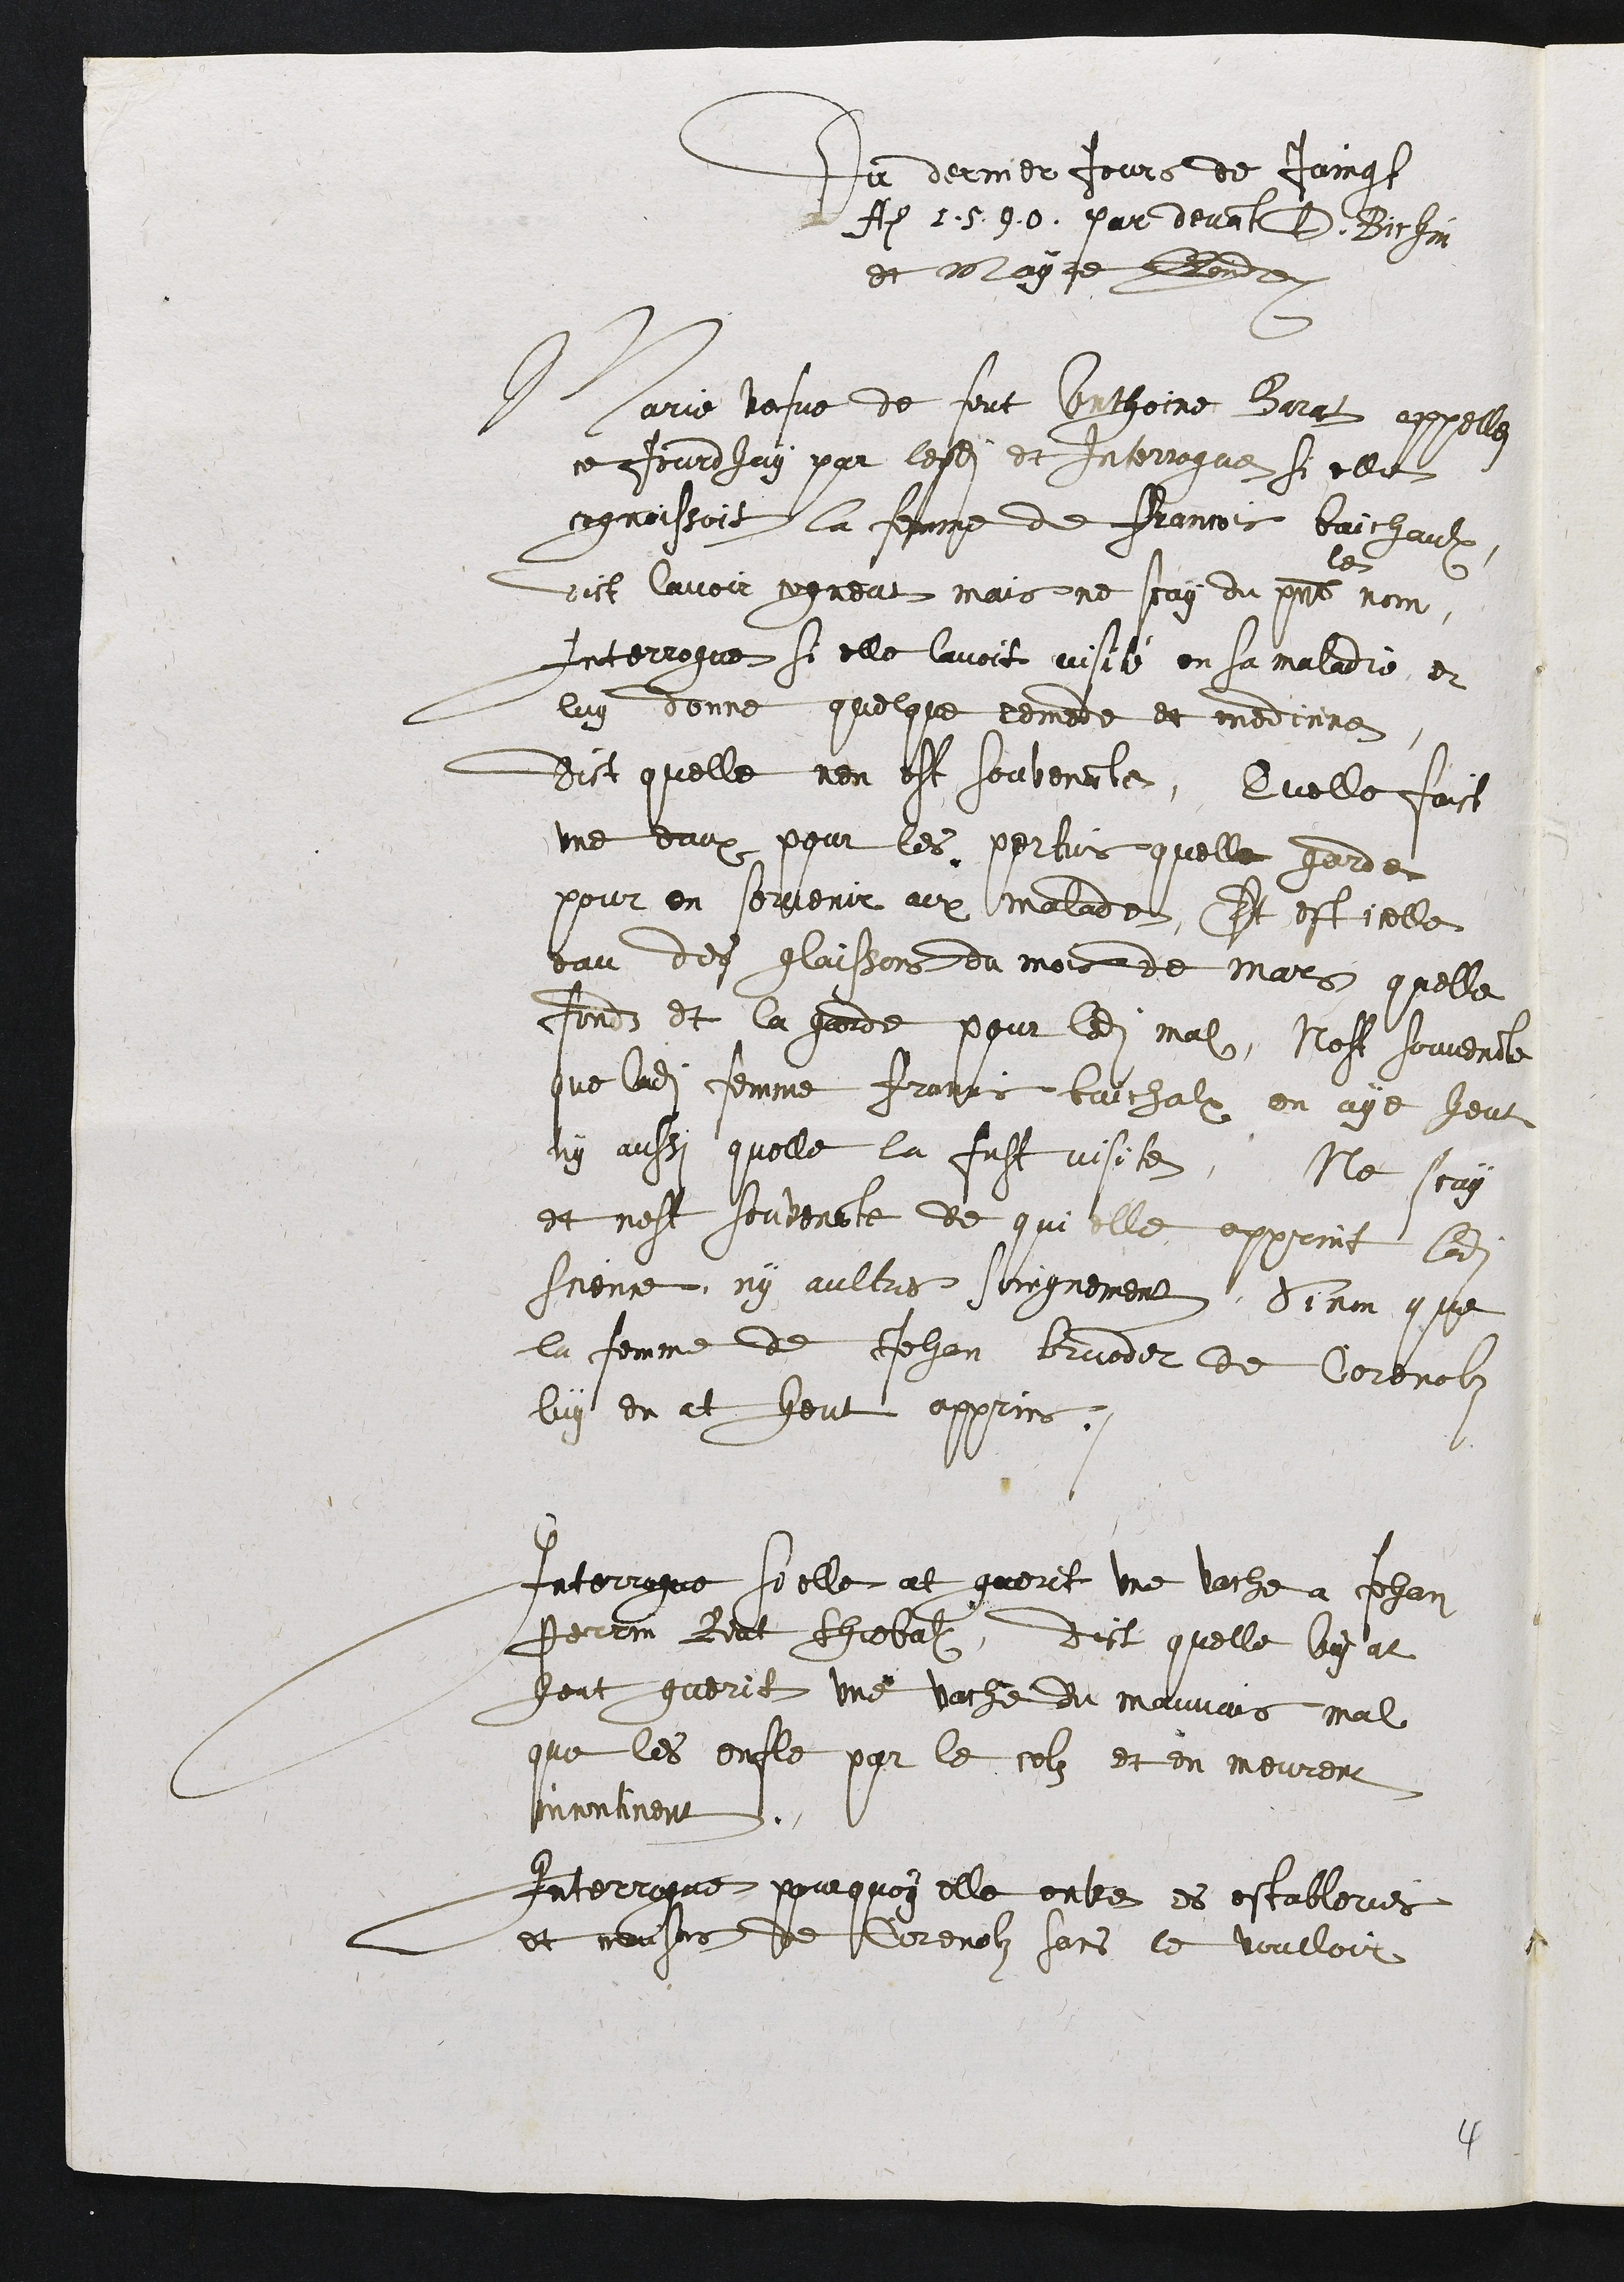
Du dernier jour de juingt
An 1.5.9.0. par devant D. Bichin
Et mayre [Endre]
Marie vefve de feut Anthoine Barat appelez
ce jourd’hui par ledi[t] et interrogue si elle
cognaissoit la femme de Francois Baichaux
dict lavoir cogneut mais ne scay du p[resa]nt
le
nom,
Interrogue si elle lavoit visite en sa maladie et
luy donne quelque remede et medecine
dict quelle nen est souvena[n]te, Quelle faict
une eaux pour les pertuis quelle garde
pour en so[rv]enir aux malades, Et est icelle
eau des glaissons du mois de mars quelle
fonds et la garde pour ledi[t] mal, nest souvena[n]te
que ladi[te] femme Francois Baichalx en aye heut
ny aussi quelle la fust visite, Ne scay
et nest souvena[n]te de qui elle apprint ladite
science ny aultres soingnement sinon que
la femme de Jehan Brueder de Corenolz
luy en at heut appris.
Interrogue si elle at guerit une vache a Jehan
Perrin Riat Thiebalx, dict quelle luy at
heut guerit une vache du mauvais mal
que les enfle par le colz et en meurent
incontinent.
Interrogue pourquoi elle entre es estableries
et maisons de Corenolz sans le vouloir